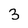
Character: 3